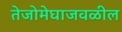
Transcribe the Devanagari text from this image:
तेजोमेघाजवळील